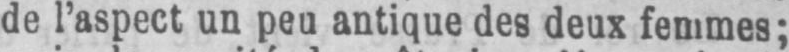
de l’aspect un peu antique des deux femmes;